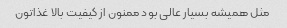
مثل همیشه بسیار عالی بود ممنون از کیفیت بالا غذاتون